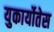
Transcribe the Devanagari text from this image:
युकार्योतेस